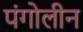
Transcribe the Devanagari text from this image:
पंगोलीन